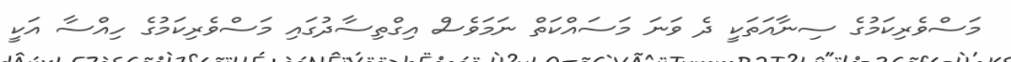
މަސްވެރިކަމުގެ ސިނާއަތަކީ ދެ ވަނަ މަސައްކަތް ނަމަވެސް އިގްތިސާދުގައި މަސްވެރިކަމުގެ ހިއްސާ އަކީ